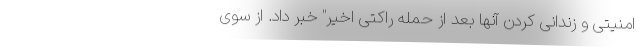
امنیتی و زندانی کردن آنها بعد از حمله راکتی اخیر" خبر داد. از سوی